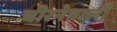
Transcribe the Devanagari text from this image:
चीरनेवाली